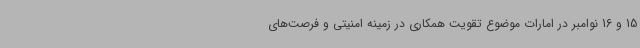
15 و 16 نوامبر در امارات موضوع تقویت همکاری در زمینه امنیتی و فرصت‌های